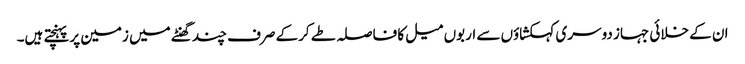
ان کے خلائی جہاز دوسری کہکشاؤں سے اربوں میل کا فاصلہ طے کرکے صرف چند گھنٹے میں زمین پر پہنچتے ہیں۔